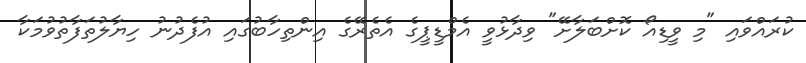
ކުރައްވައި "މި ވީޑިއޯ ކޮށްބަލާށޭ" ވިދާޅުވީ އެމްޑީޕީގެ އެތެރޭގެ އިންތިހާބުގައި އުފެދުނު ހިޔާލުތަފާތުވުމަކާ